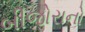
બીજોરાનો